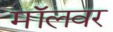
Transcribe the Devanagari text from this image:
मॉलवर